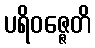
ပရိဝဇ္ဇေတိ